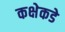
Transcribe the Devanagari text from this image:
कक्षेकडे